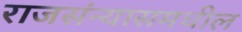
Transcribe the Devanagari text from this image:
राजसंन्यासमधील